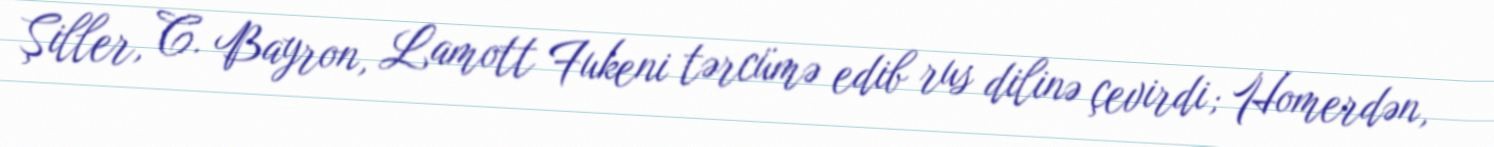
Şiller, C. Bayron, Lamott Fukeni tərcümə edib rus dilinə çevirdi; Homerdən,